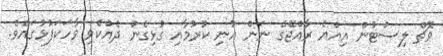
ވޮޗް ލިސްޓުން އިއްޔެ ރާއްޖޭގެ ނަން އުނި ކުރުމާއި ގުޅިގެން ދެއްކެވި ވާހަކަފުޅުގައެވެ.